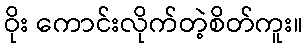
ဝိုး ကောင်းလိုက်တဲ့စိတ်ကူး။